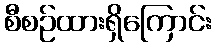
စီစဉ်ထားရှိကြောင်း